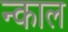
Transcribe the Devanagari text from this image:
न्काल